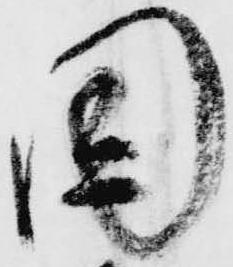
国